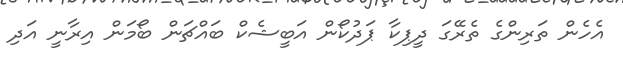
އެހެން ތަރިންގެ ތެރޭގަ ދީޕިކާ ޕަދުކޯން އަބީޝެކް ބައްޗަން ބޯމަން އިރާނީ އަދި